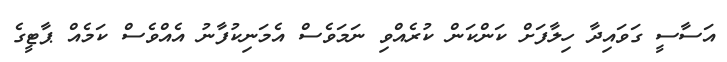
އަސާސީ ގަވައިދާ ހިލާފަށް ކަންކަން ކުރެއްވި ނަމަވެސް އެމަނިކުފާނު އެއްވެސް ކަމެއް ޕާޓީގެ